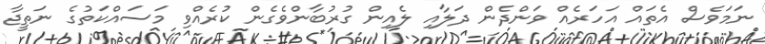
ނަމަވެސް އެތައް އަހަރެއް ވަންދެން ދަލާއި ލެއިން ގުރުބާންވެގެން ކުރެއްވި މަސައްކަތުގެ ނަތީޖާ